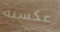
عكسية